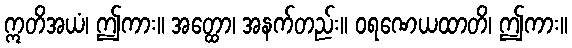
ဣတိအယံ၊ ဤကား။ အတ္ထော၊ အနက်တည်း။ ဝရဏေယထာတိ၊ ဤကား။